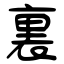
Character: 裏